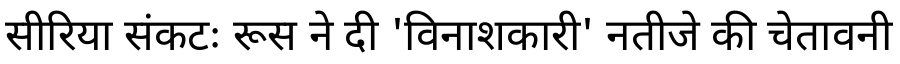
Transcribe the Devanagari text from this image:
सीरिया संकटः रूस ने दी 'विनाशकारी' नतीजे की चेतावनी